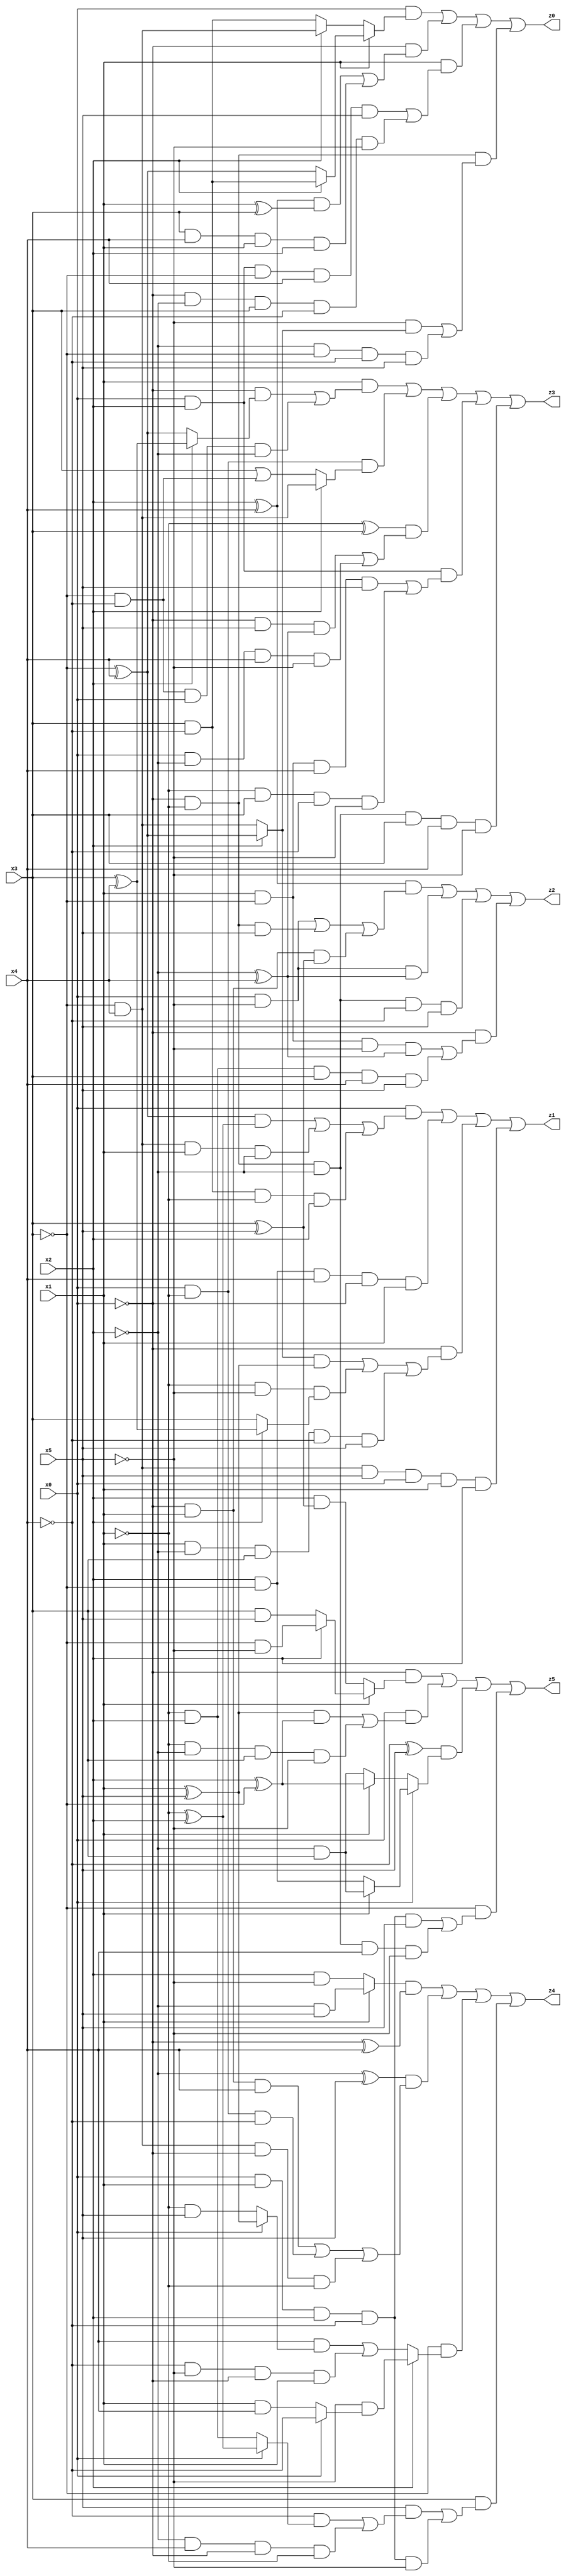
// Benchmark "X_37" written by ABC on Wed Jun 07 23:38:04 2023

module X_37 ( 
    x0, x1, x2, x3, x4, x5,
    z0, z1, z2, z3, z4, z5  );
  input  x0, x1, x2, x3, x4, x5;
  output z0, z1, z2, z3, z4, z5;
  assign z0 = (x0 & (x1 ? (x2 ? (x3 & ~x4) : (~x3 ^ x4)) : (x2 ? (~x3 & x4) : (x3 & ~x4)))) | (~x0 & (((x2 ^ x4) & (x1 ^ x3)) | (x3 & x4 & x1 & x2))) | (x1 & ((x0 & x2 & ~x3 & x4 & x5) | (~x0 & ~x2 & x3 & ~x4 & ~x5))) | (~x0 & ~x1 & ((~x5 & (x2 ? (~x3 ^ x4) : (~x3 & x4))) | (~x2 & ~x3 & ~x4 & x5)));
  assign z1 = (x0 & (((~x3 ^ x4) & (~x1 ^ x2)) | (~x3 & x4 & x1 & ~x2) | (x3 & ~x4 & ~x1 & x2))) | (x2 & ~x3 & x4 & ~x0 & x1) | (~x0 & (((x2 ? (~x3 ^ x4) : (~x3 & x4)) & (x1 ^ x5)) | (~x1 & ~x5 & (x2 ? (x3 ^ x4) : x3)) | (x1 & ~x2 & x3 & ~x4 & x5))) | (~x3 & x4 & x5 & x0 & x1 & x2);
  assign z2 = ((x2 ^ x4) & ((x0 & ~x5) | (~x0 & ~x1 & x5) | (~x0 & x1 & (x3 ^ x5)))) | (x0 & ~x5 & (~x2 ^ x4)) | (~x0 & ~x1 & ~x2 & ~x4 & x5) | (~x0 & ((x1 & ~x3 & ~x5 & (~x2 ^ x4)) | (~x1 & x2 & x3 & x4 & x5)));
  assign z3 = (x1 & ((~x0 & (x2 ? (x3 ^ x4) : (~x3 ^ x4))) | (~x3 & ~x4 & x0 & ~x2))) | (x0 & ~x1 & (x2 ? (~x3 & x4) : (x3 | (~x3 & ~x4)))) | ((~x1 ^ x3) & ((~x0 & x5 & (~x2 ^ x4)) | (x0 & ~x2 & x4 & ~x5))) | (x0 & x2 & ((x1 & ~x3 & x4 & x5) | (~x1 & x3 & ~x4 & ~x5))) | (~x0 & ~x1 & ~x2 & x3 & x4 & ~x5);
  assign z4 = ((x1 ? (~x2 & x5) : (x2 & ~x5)) & (~x0 ^ x4)) | ((~x2 ^ x5) & ((~x0 & x1 & x4) | (x0 & ~x1 & ~x4) | (~x3 & x4 & ~x0 & ~x1))) | (~x3 & (x2 ? (~x5 & (x0 ? ~x4 : (x1 & x4))) : ((x4 & (x0 ? (x1 ^ x5) : (~x1 & x5))) | (~x4 & ~x5 & ~x0 & x1)))) | (x3 & ((x5 & ((~x4 & (x0 ? (~x1 ^ x2) : (~x1 & x2))) | (~x2 & x4 & ~x0 & ~x1))) | (x0 & x1 & x2 & ~x4 & ~x5)));
  assign z5 = (~x0 & (x1 ? (x2 ? (~x3 & ~x5) : (x3 & x5)) : (x2 & (x3 ^ x5)))) | (x0 & (((x1 ^ x5) & (x2 ^ ~x3)) | (~x1 & ~x2 & x3 & ~x5))) | ((~x4 ^ x5) & (x0 ? (x1 ? (~x2 & x3) : (x2 & ~x3)) : (x1 ? (x2 ^ ~x3) : (~x2 & x3)))) | (~x3 & ((x0 & x1 & x2 & ~x4 & x5) | (~x0 & ~x1 & ~x2 & x4 & ~x5)));
endmodule